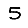
Digit: 5